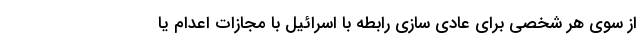
از سوی هر شخصی برای عادی سازی رابطه با اسرائیل با مجازات اعدام یا